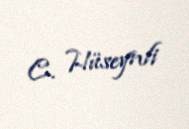
C. Hüseynli